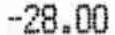
-28.00